Report on vaccination in Madras 1895-1903 - 1895-1903
Year: 1895
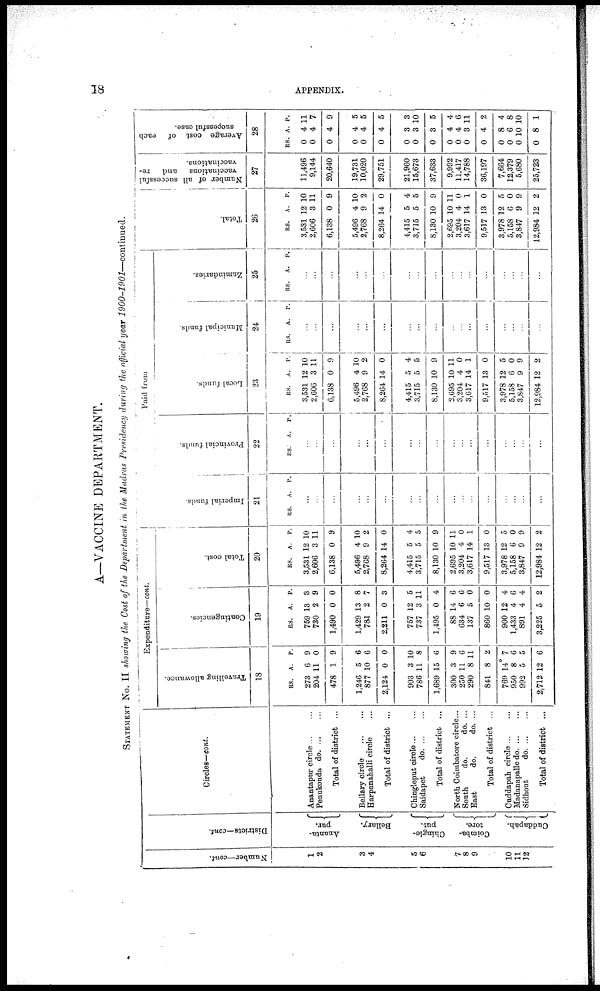
18
APPENDIX.
A—VACCINE DEPARTMENT.
STATEMENT No. II showing the Cost of the Department in the Madras Presidency during the official year
1900-1901—continued.
Number—cont.
1
2
3
4
5
6
7
8
9
10
11
12
Districts—cont.
Ananta-
pur.
Bellary.
Chingle-
put.
Coimba-
tore.
Cuddapah.
Circles—cont.
Anantapur circle... ...
Penukonda d
o
. ... ...
Total of district ...
Bellary circle
...
...
Harpanahalli circle ...
Total of district ...
Chingleput circle ... ...
Saidapet
d
o
. ... ...
Total of district ...
North Coimbatore circle...
South
do.
do. ...
East
do.
do. ...
Total of district ...
Caddapah circle ... ...
Madanapalle d
o
. ... ...
Sidhout
d
o
. ... ...
Total of district ...
Expenditure—cont.
Travelling allowance.
18
RS.
273
204
478
1,246
877
2,124
903
786
1,689
300
250
290
841
769
950
992
2,712
A.
6
11
1
5
10
0
3
11
15
3
11
8
8
14
8
5
12
P.
9
0
9
6
6
0
10
8
6
9
6
11
2
7
6
5
6
Contingencies.
19
RS.
759
730
1,490
1,429
781
2,211
757
737
1,495
88
634
137
860
900
1,433
891
3,225
A.
13
2
0
13
2
0
12
3
0
14
6
5
10
12
4
4
5
P.
3
9
0
8
7
3
5
11
4
6
6
0
0
4
6
4
2
Total cost.
20
RS.
3,531
2,606
6,138
5,496
2,768
8,264
4,415
3,715
8,130
2,695
3,204
3,617
9,517
3,978
5,158
3,847
12,984
A.
12
3
0
4
9
14
5
5
10
10
4
14
13
12
6
9
12
P.
10
11
9
10
2
0
4
5
9
11
0
1
0
5
0
9
2
Paid from
Imperial funds.
21
RS.
A. P.
...
...
...
...
...
...
...
...
...
...
...
...
...
...
...
...
...
Provincial funds.
22
RS.
A. P.
...
...
...
...
...
...
...
...
...
...
...
...
...
...
...
...
...
Local funds.
23
RS.
3,531
2,606
6,138
5,496
2,768
8,264
4,415
3,715
8,130
2,695
3,204
3,617
9,517
3,978
5,158
3,847
12,984
A.
12
3
0
4
9
14
5
5
10
10
4
14
13
12
6
9
12
P.
10
11
9
10
2
0
4
5
9
11
0
1
0
5
0
9
2
Municipal funds.
24
RS. A. P.
...
...
...
...
...
...
...
...
...
...
...
...
...
...
...
...
...
Zamindaries.
25
RS.
A. P.
...
...
...
...
...
...
...
...
...
...
...
...
...
...
...
...
...
Total.
26
RS.
3,531
2,606
6,138
5,496
2,768
8,264
4,415
3,715
8,130
2,695
3,204
3,617
9,517
3,978
5,158
3,847
12,984
A.
12
3
0
4
9
14
5
5
10
10
4
14
13
12
6
9
12
P.
10
11
9
10
2
0
4
5
9
11
0
1
0
5
0
9
2
Number of all successful
vaccinations
and
re-
vaccinations.
27
11,496
9,144
20,640
19,731
10,020
29,751
21,960
15,673
37,633
9,992
11,417
14,788
36,197
7,664
12,379
5,680
25,723
Average cost of each
successful case.
28
RS.
0
0
0
0
0
0
0
0
0
0
0
0
0
0
0
0
0
A.
4
4
4
4
4
4
3
3
3
4
4
3
4
8
6
10
8
P.
11
7
9
5
5
5
3
10
5
4
6
11
2
4
8
10
1